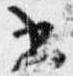
書